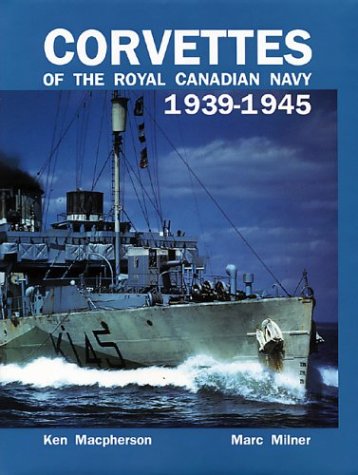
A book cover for Corvettes of the Royal Canadian Navy: 1939-1945; Ken Macpherson; History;